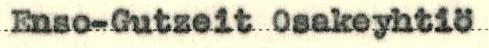
Enso_Gutzeit Osakeyhtiö